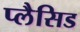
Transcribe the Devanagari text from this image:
प्लैसिड